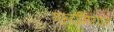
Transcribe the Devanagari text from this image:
एस्टोनियात